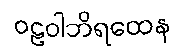
ဝဠဝါဘိရထေန